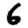
Digit: 6